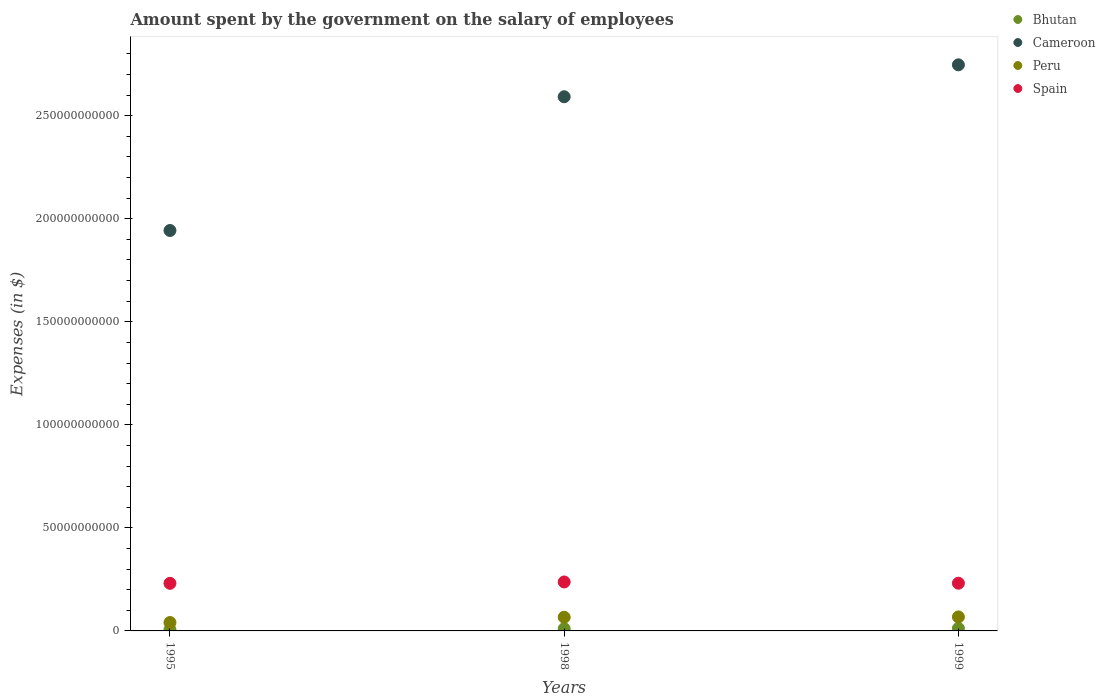
| Years | Bhutan | Cameroon | Peru | Spain |
 | --- | --- | --- | --- | --- |
 | 1995 | 6.14e+08 | 1.94e+11 | 4.08e+09 | 2.31e+10 |
 | 1998 | 1.08e+09 | 2.59e+11 | 6.65e+09 | 2.38e+10 |
 | 1999 | 1.23e+09 | 2.75e+11 | 6.79e+09 | 2.32e+10 |